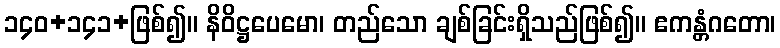
၁၄၀+၁၄၁+ဖြစ်၍။ နိဝိဋ္ဌပေမော၊ တည်သော ချစ်ခြင်းရှိသည်ဖြစ်၍။ ဧကန္တံဂတော၊